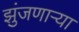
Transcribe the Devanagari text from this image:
झुंजणाऱ्या